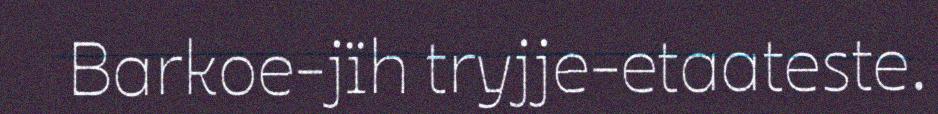
Barkoe-jïh tryjje-etaateste.